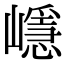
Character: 嶾